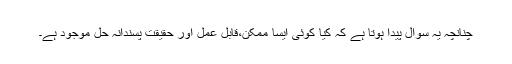
چنانچہ یہ سوال پیدا ہوتا ہے کہ کیا کوئی ایسا ممکن،قابل عمل اور حقیقت پسندانہ حل موجود ہے۔